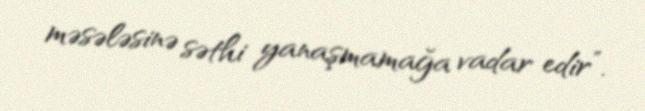
məsələsinə səthi yanaşmamağa vadar edir”.